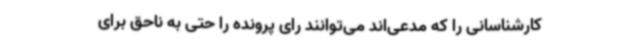
کارشناسانی را که مدعی‌اند می‌توانند رای پرونده را حتی به ناحق برای